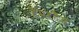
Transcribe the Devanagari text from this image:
हैमरहैड